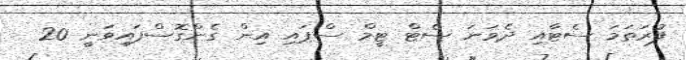
ފުރަތަމަ ސެޓާއި ދެވަނަ ސެޓް ޓީމް ސްޕައި އިން ގެންގޮސްފައިވަނީ 20